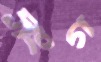
সংগ